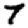
Digit: 7